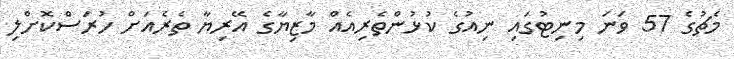
މެޗުގެ 57 ވަނަ މިނިޓުގައި ނިއުގެ ކުޅުންތެރިއެއް މާޒިޔާގެ އޭރިޔާ ތެރެއަށް ހުރަސްކޮށްލި